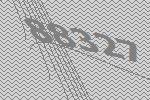
88327